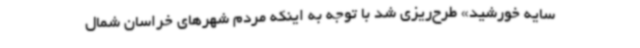
سایه خورشید» طرح‌ریزی شد با توجه به اینکه مردم شهرهای خراسان شمال